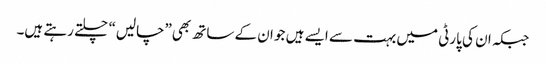
جبکہ ان کی پارٹی میں بہت سے ایسے ہیں جو ان کے ساتھ بھی”چالیں“ چلتے رہتے ہیں۔